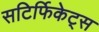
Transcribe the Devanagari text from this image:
सटिर्फिकेट्स